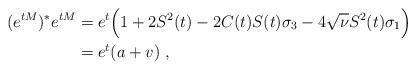
LaTeX: \begin{align*}(e^{tM})^*e^{tM}&=e^{t}\Big(1+2S^2(t)-2C(t)S(t)\sigma_3-4\sqrt{\nu}S^2(t)\sigma_1\Big)\\&=e^{t}(a+v)~,\end{align*}